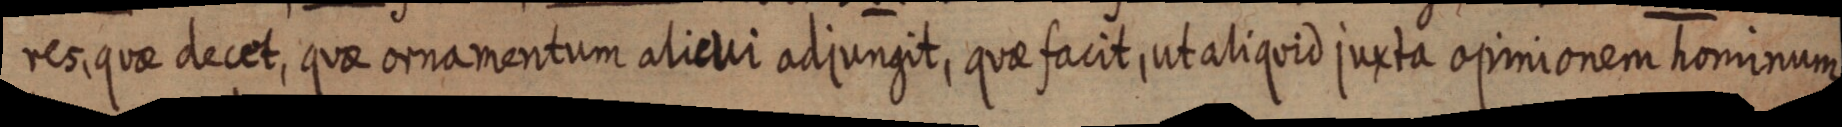
res quae decet, quae ornamentum alicui adjungit, quae facit, ut aliquid juxta opinionem hominum